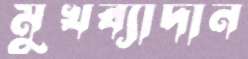
মুখব্যাদান